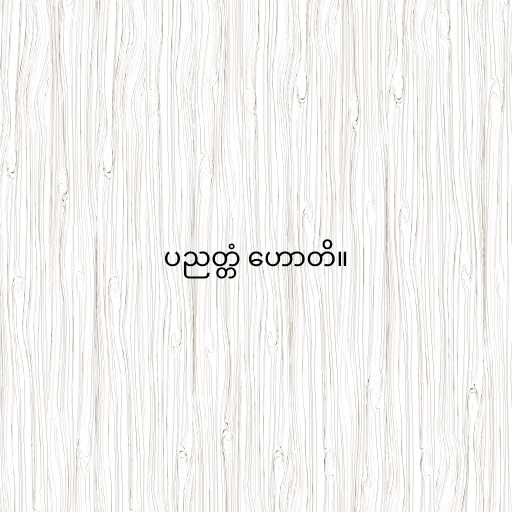
ပညတ္တံ ဟောတိ။